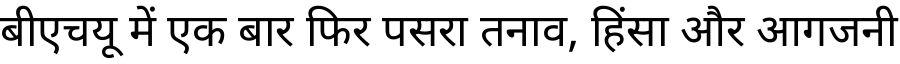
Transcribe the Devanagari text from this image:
बीएचयू में एक बार फिर पसरा तनाव, हिंसा और आगजनी